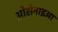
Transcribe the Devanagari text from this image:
ओसेनाइआ